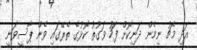
އަދި މެޗު ނިމެން ދަނިކޮށް ފަހު ވަގުތު ކޮޅުގެ ތެރޭގައި ވެން ޕާސީވަނީ